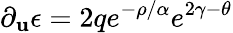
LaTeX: \partial_{\mathbf{u}}\epsilon=2qe^{-\rho/\alpha}e^{2\gamma-\theta}